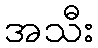
အသီး